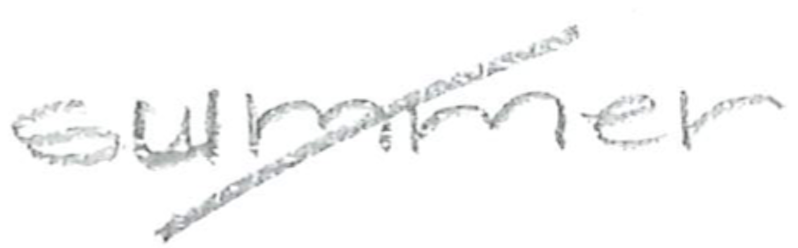
Text: summer
Cross-out: diagonal
Writing tool: pencil